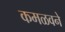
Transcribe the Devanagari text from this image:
कमळवने